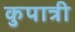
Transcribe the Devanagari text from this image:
कुपात्री